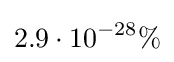
2.9\cdot 10^{-28}\%